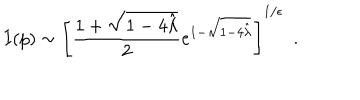
I ( p ) \sim \left[ { \frac { 1 + \sqrt { 1 - 4 { \hat { \lambda } } } } { 2 } } e ^ { 1 - \sqrt { 1 - 4 { \hat { \lambda } } } } \right] ^ { 1 / \epsilon } ~ ~ .